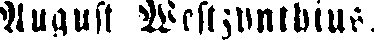
August Westzynthius.